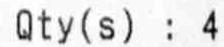
QTY(S) : 4